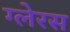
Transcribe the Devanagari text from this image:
ग्लेरस